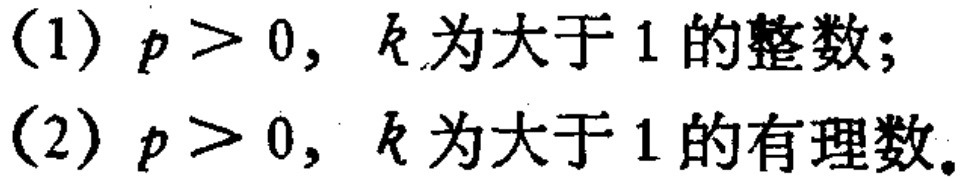
(1) \(p > 0\)，\(k\)为大于 \(1\)的整数;
(2) \(p > 0\)，\(k\)为大于 \(1\)的有理数。